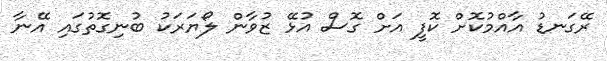
ރޭގަނޑު އާއްމުކޮށް ކޮފީ އަށް ގޮސް އުޅޭ ޒުވާން ލޯޔަރަކު ބުނިގޮތުގައި އޭނާ